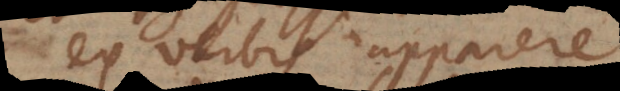
ex verbis apparere.